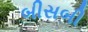
બીસબી